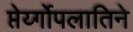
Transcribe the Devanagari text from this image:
प्तेर्य्गोपलातिने